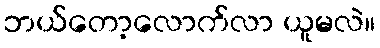
ဘယ်တော့လောက်လာ ယူမလဲ။